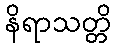
နိရာသတ္တိ